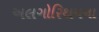
અલગોરિથમના